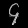
Digit: ၄